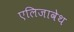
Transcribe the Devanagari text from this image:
एलिजावेथ